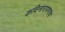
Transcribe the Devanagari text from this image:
कविनारायणाचा